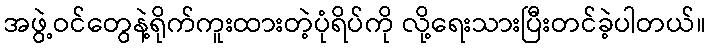
အဖွဲ့ဝင်တွေနဲ့ရိုက်ကူးထားတဲ့ပုံရိပ်ကို လို့ရေးသားပြီးတင်ခဲ့ပါတယ်။